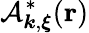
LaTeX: \mathcal{A}_{{\boldsymbol k},{\boldsymbol\xi}}^{*}({\mathbf r})